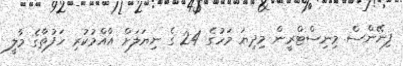
ފިނޭންސް މިނިސްޓްރީން މިދިޔަ މަހުގެ 24 ގެ ނިޔަލަށް އާއްމުކުރި ހަފުތާގެ މާލީ